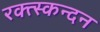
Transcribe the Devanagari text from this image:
रक्त्स्कन्दन